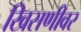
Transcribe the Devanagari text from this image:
खिसणीवर